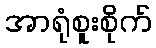
အာရုံစူးစိုက်